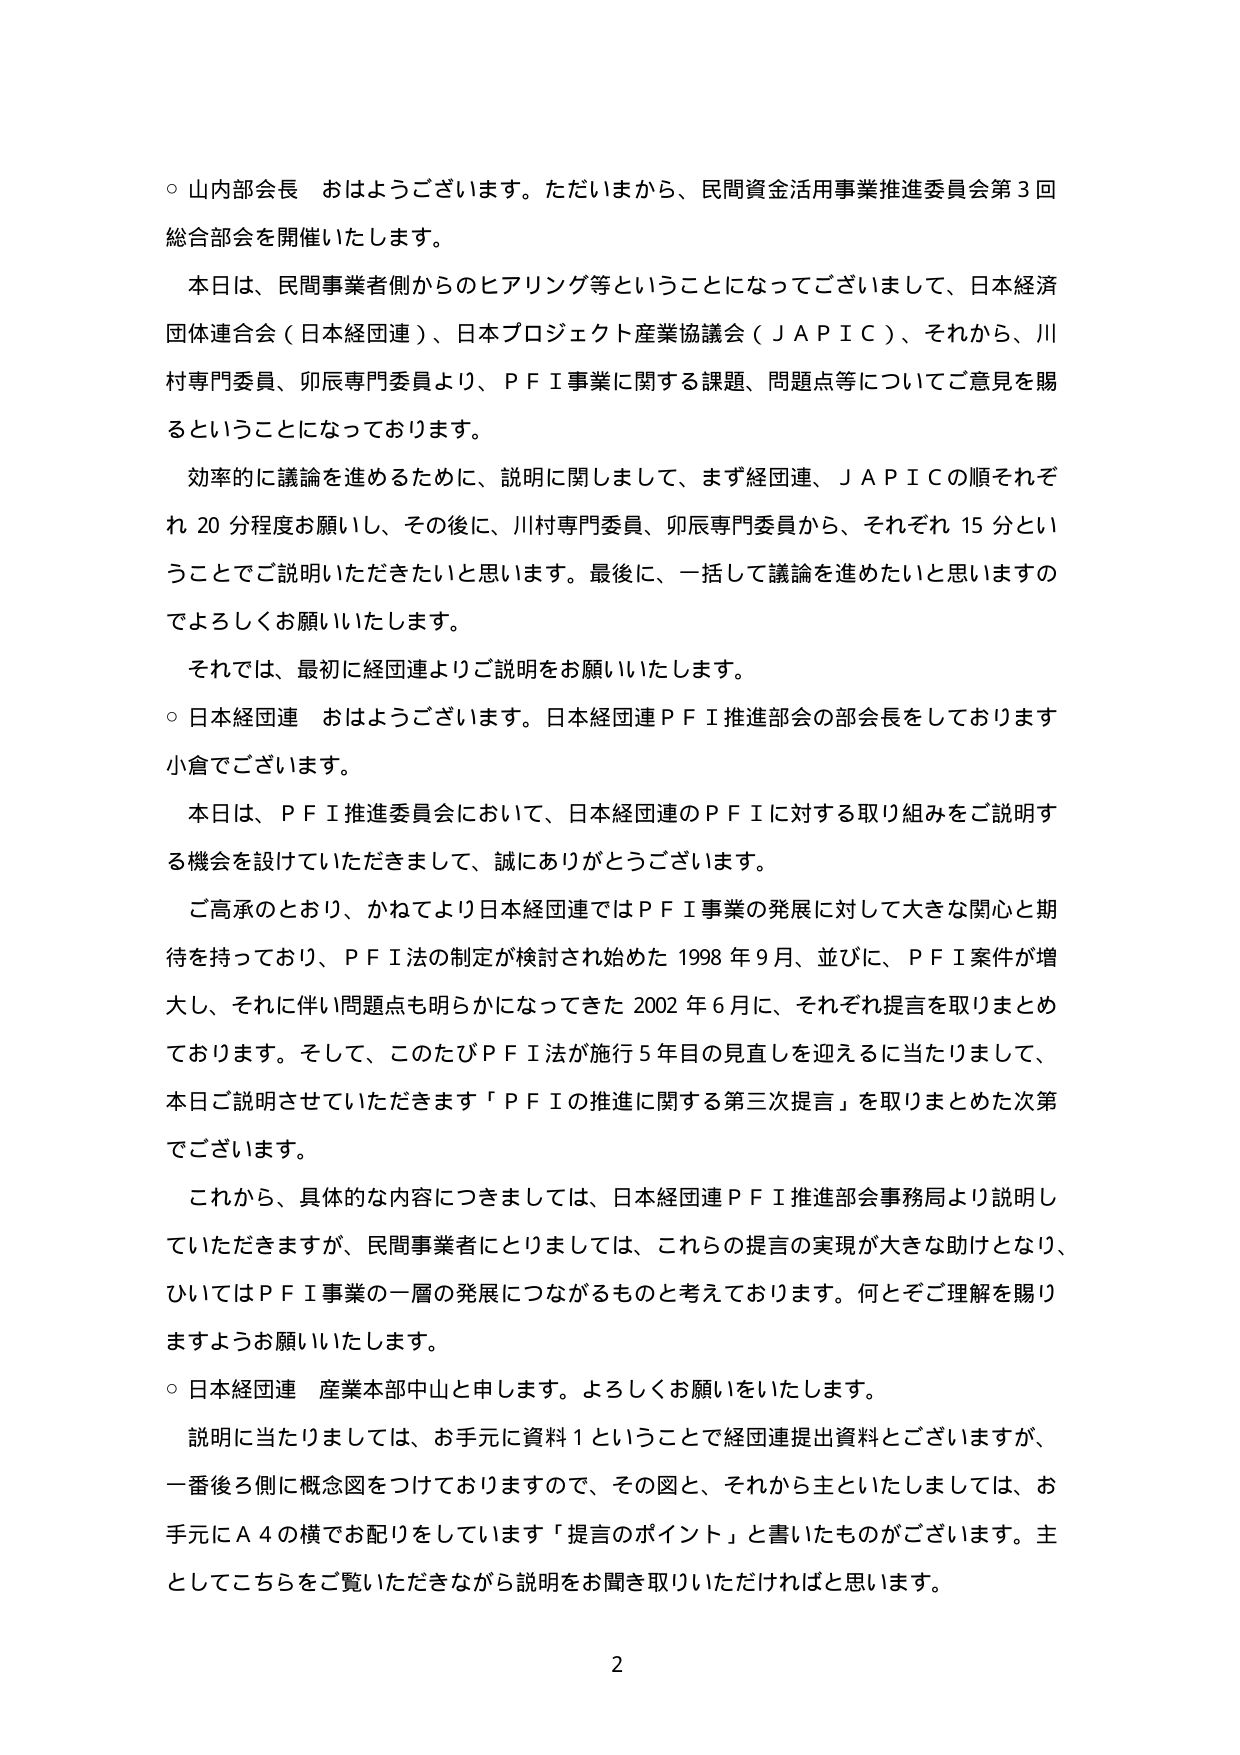
○ 山内部会長 おはようございます。ただいまから、民間資金活用事業推進委員会第３回総合部会を開催いたします。

本日は、民間事業者側からのヒアリング等ということになってございまして、日本経済団体連合会（日本経団連）、日本プロジェクト産業協議会（ＪＡＰＩＣ）、それから、川村専門委員、卯辰専門委員より、ＰＦＩ事業に関する課題、問題点等についてご意見を賜るということになっております。

効率的に議論を進めるために、説明に関しまして、まず経団連、ＪＡＰＩＣの順それぞれ20分程度お願いし、その後に、川村専門委員、卯辰専門委員から、それぞれ15分ということでご説明いただきたいと思います。最後に、一括して議論を進めたいと思いますのでよろしくお願いいたします。

それでは、最初に経団連よりご説明をお願いいたします。

○ 日本経団連 おはようございます。日本経団連ＰＦＩ推進部会の部会長をしております小倉でございます。

本日は、ＰＦＩ推進委員会において、日本経団連のＰＦＩに対する取り組みをご説明する機会を設けていただきまして、誠にありがとうございます。

ご高承のとおり、かねてより日本経団連ではＰＦＩ事業の発展に対して大きな関心と期待を持っており、ＰＦＩ法の制定が検討され始めた1998年9月、並びに、ＰＦＩ案件が増大し、それに伴い問題点も明らかになってきた2002年6月に、それぞれ提言を取りまとめております。そして、このたびＰＦＩ法が施行5年目の見直しを迎えるに当たりまして、本日ご説明させていただきます「ＰＦＩの推進に関する第三次提言」を取りまとめた次第でございます。

これから、具体的な内容につきましては、日本経団連ＰＦＩ推進部会事務局より説明していただきますが、民間事業者にとりましては、これらの提言の実現が大きな助けとなり、ひいてはＰＦＩ事業の一層の発展につながるものと考えております。何とぞご理解を賜りますようお願いいたします。

○ 日本経団連 産業本部中山と申します。よろしくお願いをいたします。

説明に当たりましては、お手元に資料1ということで経団連提出資料とございますが、一番後ろ側に概念図をつけておりますので、その図と、それから主といたしましては、お手元にＡ４の横でお配りをしています「提言のポイント」と書いたものがございます。主としてこちらをご覧いただきながら説明をお聞き取りいただければと思います。

2